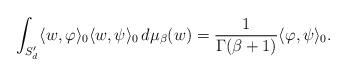
LaTeX: \begin{align*}\int_{S'_{d}}\langle w,\varphi\rangle_{0}\langle w,\psi\rangle_{0}\,d\mu_{\beta}(w)=\frac{1}{\Gamma(\beta+1)}\langle\varphi,\psi\rangle_{0}.\end{align*}